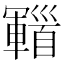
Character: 𩠫